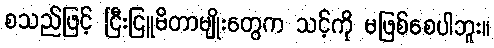
စသည်ဖြင့် ငြီးငြူမိတာမျိုးတွေက သင့်ကို မဖြစ်စေပါဘူး။